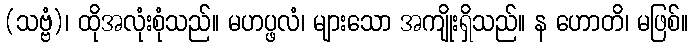
(သဗ္ဗံ)၊ ထိုအလုံးစုံသည်။ မဟပ္ဖလံ၊ များသော အကျိုးရှိသည်။ န ဟောတိ၊ မဖြစ်။